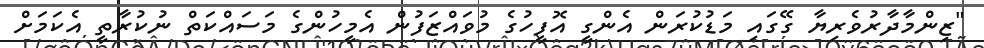
"ޒިންމާދާރުވެރިޔާ ގޭގައި މަޑުކުރަން އެންގީ އޮފީހުގެ މުވައްޒަފުން އެމީހުންގެ މަސައްކަތް ނުކުރާތީ އެކަމަށް